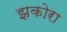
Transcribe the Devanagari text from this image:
झकोरा